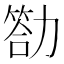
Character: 𠢡